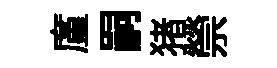
廑嗣猪禜